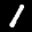
Digit: 1